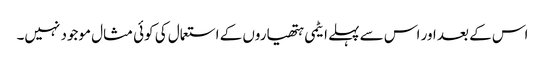
اس کے بعد اور اس سے پہلے ایٹمی ہتھیاروں کے استعمال کی کوئی مثال موجود نہیں۔